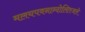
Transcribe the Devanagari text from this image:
मलयपवनान्दोलितजले